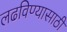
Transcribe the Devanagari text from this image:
लढविण्यासाठी